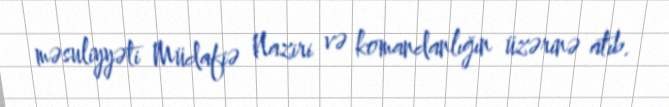
məsuliyyəti Müdafiə Naziri və komandanlığın üzərinə atıb.